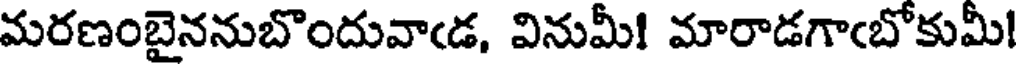
మరణంబైననుబొందువాఁడ, వినుమీ! మారాడగాఁబోకుమీ!